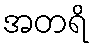
အတရိ